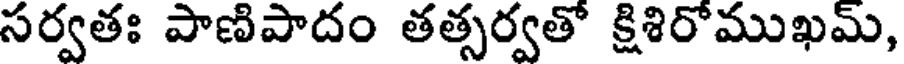
సర్వతః పాణిపాదం తత్సర్వతో క్షిశిరోముఖమ్,